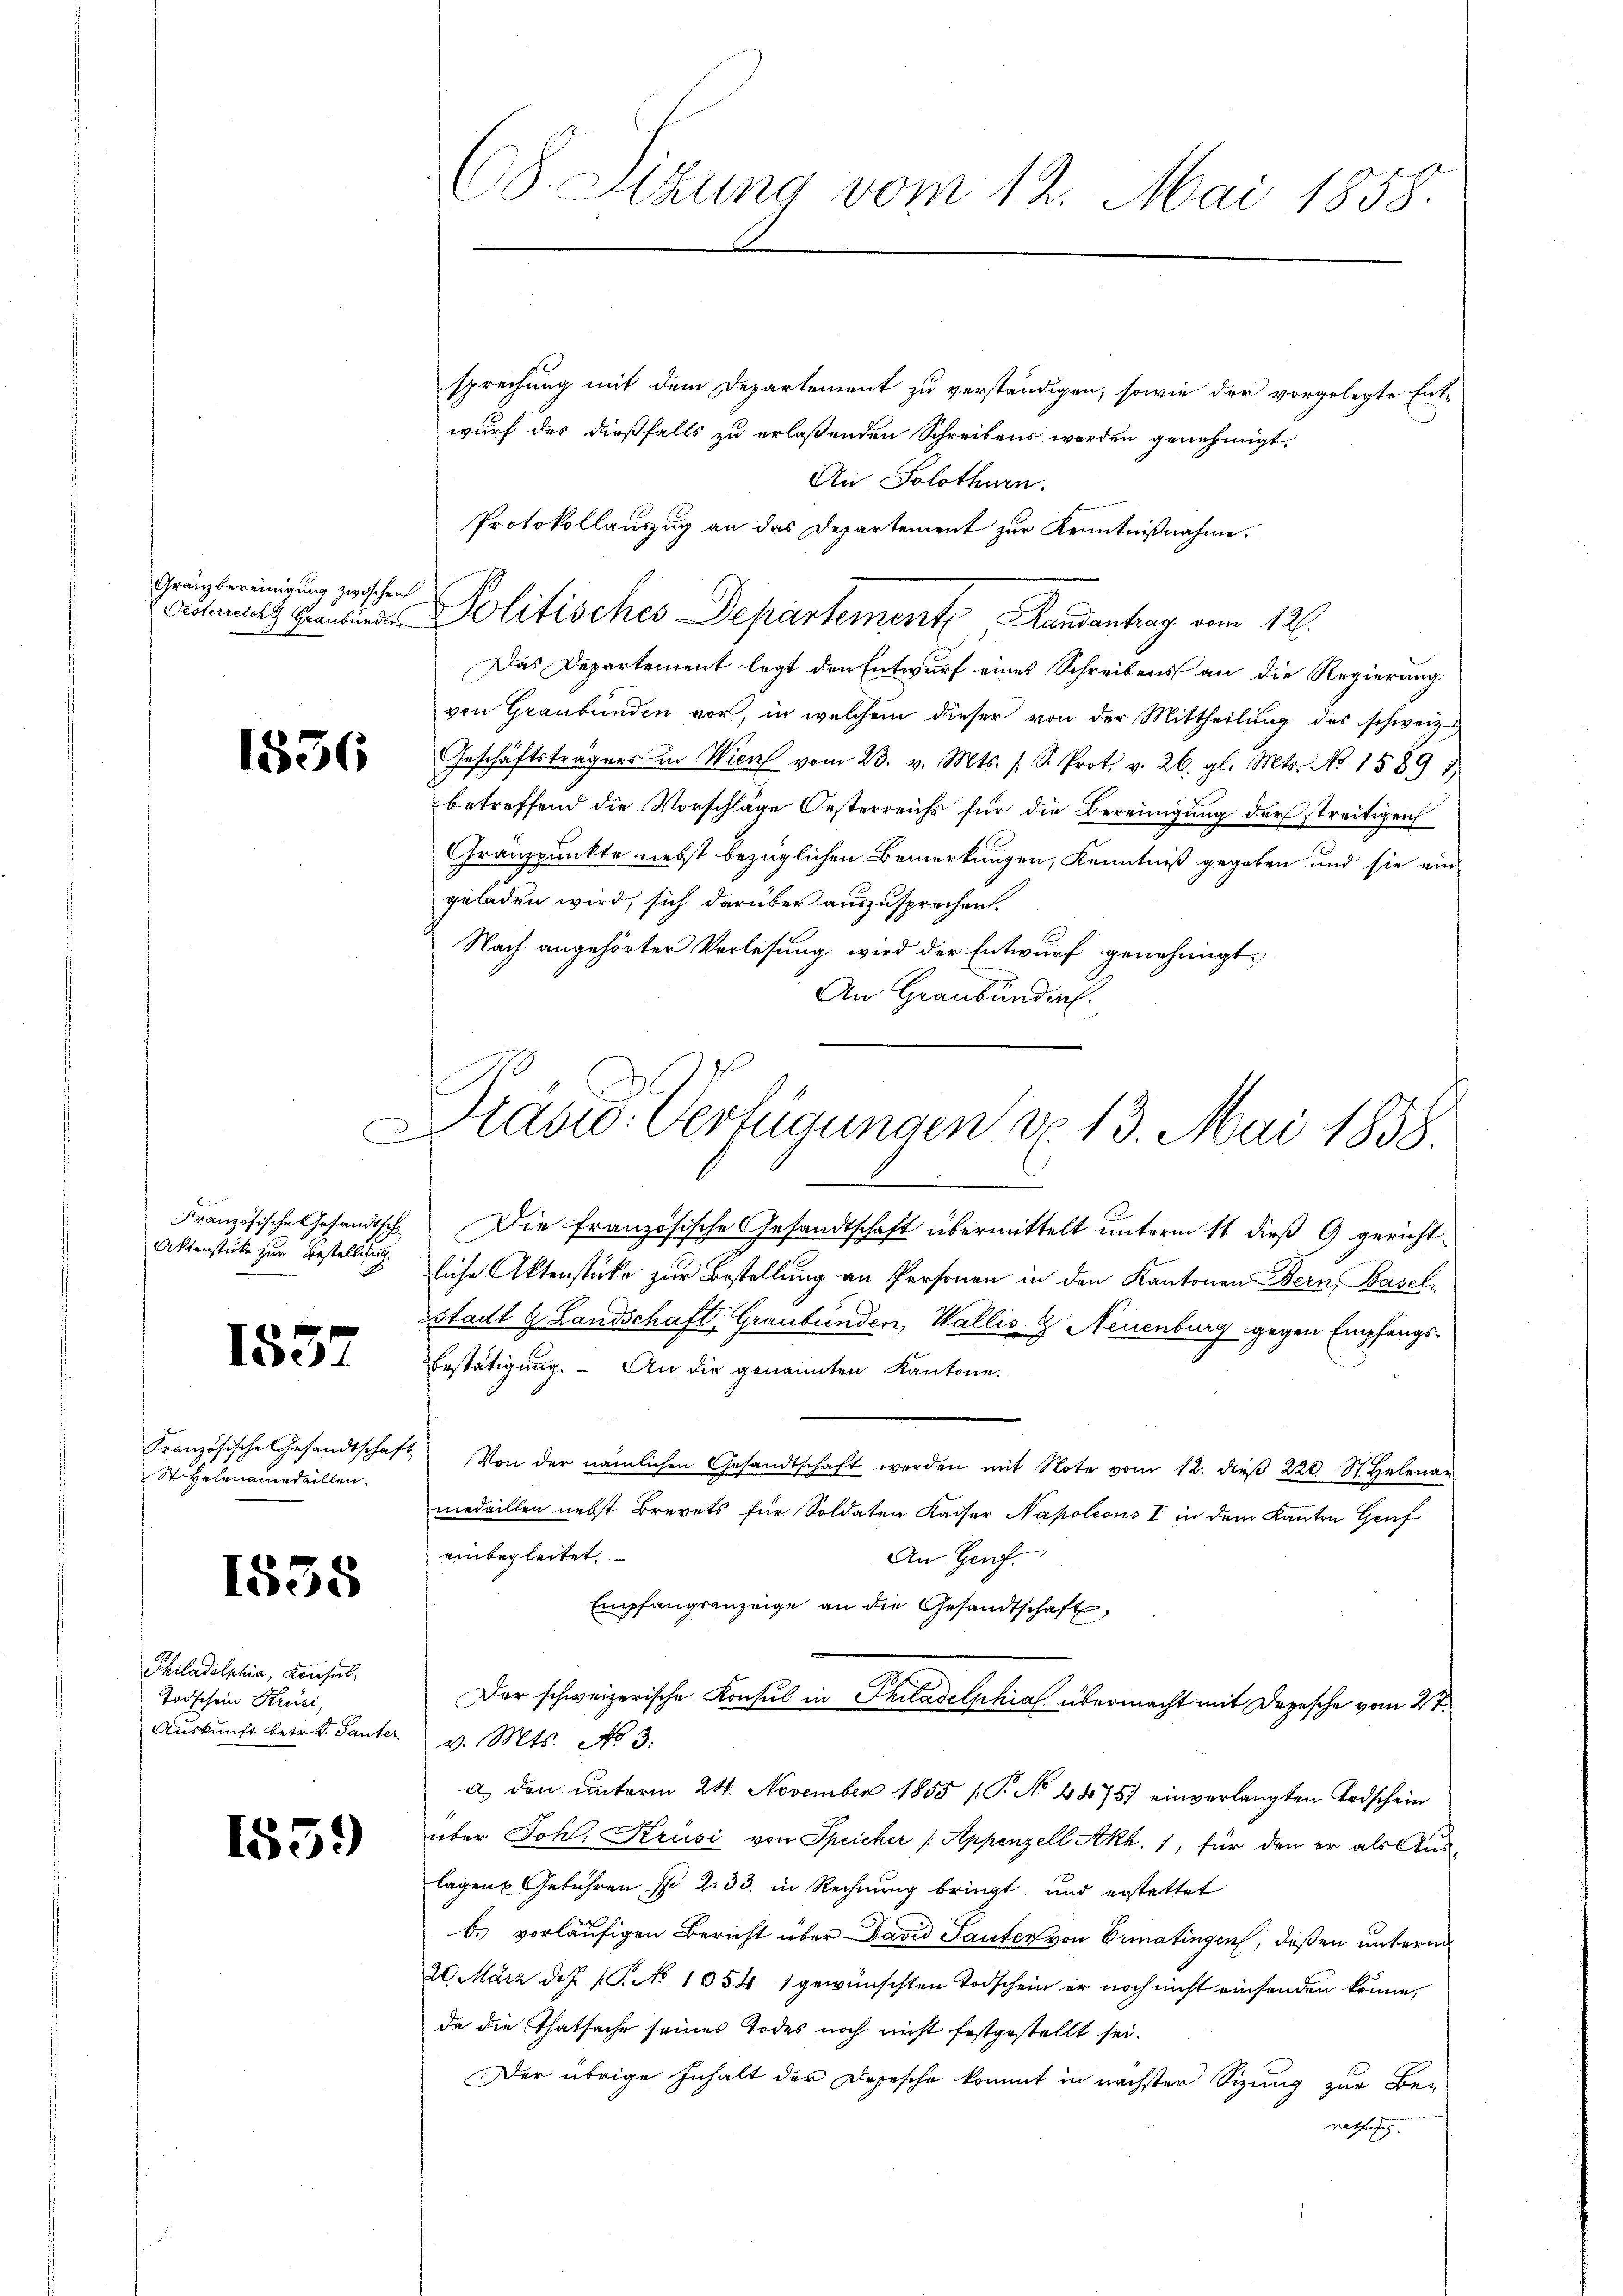
Gränzbereinigung zwischen

1856

Französische Gesandtsch
Aktenstücke zur Bestellung.

1557

Französische Gesandtschaf
St Helenamedaillen.

1538

Philadelphia, Konsul,
Todschein Krusi,
Auskunft betr. d. Tanter

1559)

68. Sizung vom 12. Mai 1858.

Schutz Graubünde Politisches Departemente Handantrag vom 12.

sprechung mit dem Departement zu verständigen, sowie der vorgelegte Ent-
wurf des dießfalls zu erlaßenden Schreibens werden genehmigt.
An Solothurn.
Protokollauszug an das Departement zur Kenntnißnahme.
Das Departement legt den Entwurf eines Schreibens an die Regierung
von Graubünden vor, in welchem dieser von der Mittheilung des schweiz.
Geschäftsträgers in Wien vom 23. v. Mts. s. R. Prot. v. 26. gl. Mts. No 1589)
betreffend die Vorschläge Oesterreichs für die Bereinigung der streitigen
Granzpunkte nebst bezüglichen Bemerkungen, Kenntniß gegeben und sie ein
geladen wird, sich darüber auszusprechen.
Nach angehörter Verlesung wird der Entwurf genehmigt.
An Graubünde.
d
Die französische Gesandtschaft übermittelt unterm 11. dieß 9 gerichtliche Aktenstücke zur Bestellung an Personen in den Kantonen Bern, Basel
Stadt G. Landschaft Graubünden, Wallis Z Neuenburg gegen Empfangs-
Bestätigung. - An die genannten Kantone.
Von der nämlichen Gesandtschaft werden mit Note vom 12. dieβ 220. St. Helena
medaillen nebst Brevets für Soldaten Kaiser Napoleons I in dem Kanton Genf
einbegleitet.
An Genf.
Empfangsanzeige an die Gesandtschaft,
Der schweizerische Konsul in Philadelphia übermacht mit Depesche vom 27.
v. Mts. No 3.
a. den ŭnterm 24. November 1855 (T. No 48757 einverlangten Erdschein
über Johl. Krusi von Speicher /: Appenzell Akh. 1, für den er als Auslagen Gebühren pr 233. in Rechnung bringt, und erstattet
b. vorläufigen Bericht über David Sauten von Ermatingen, deßen unterm
20. März des (T. No 1054. 1 gewünschten Todschein er noch nicht einsenden könne,
da die Thatsache seines Todes noch nicht festgestellt sei.
Der übrige Inhalt der Depesche kommt in nächster Sizung zur Be-
rathung.

Dravio: Verfügungen u. 13. Mai 1858